Annual report of lunatic asylums [Bombay] - 1912-1922
Year: 1912
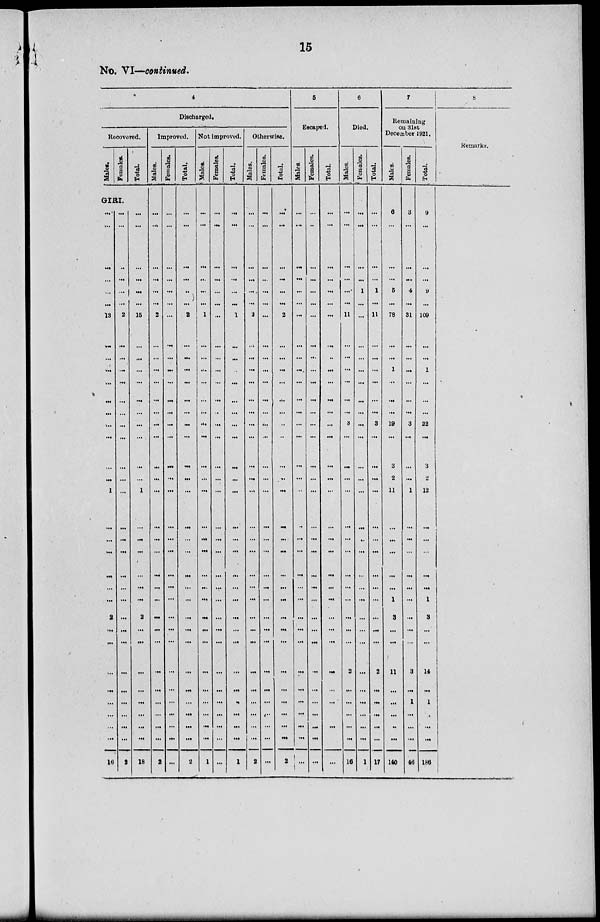
15
No. VI—continued.
4
Discharged.
Recovered.
Males.
Females.
GIRI.
...
...
...
...
...
...
13
...
...
...
...
...
...
...
...
...
...
1
...
...
...
...
...
...
2
...
...
...
...
...
...
...
...
16
...
...
...
...
...
...
2
...
...
...
...
...
...
...
...
...
...
...
...
...
...
...
...
...
...
...
...
...
...
...
...
...
...
8
Total.
...
...
...
...
...
...
15
...
...
...
...
...
...
...
...
...
...
1
...
...
...
...
...
...
2
...
...
...
...
...
...
...
...
18
Improved.
Males.
...
...
...
...
...
...
2
...
...
...
...
...
...
...
...
...
...
...
...
...
...
...
...
...
...
...
...
...
...
...
...
...
...
2
Females.
...
...
...
...
...
...
...
...
...
...
...
...
...
...
...
...
...
...
...
...
...
...
...
...
...
...
...
...
...
...
...
...
...
...
Total.
...
...
...
...
...
...
2
...
...
...
...
...
...
...
...
...
...
...
...
...
...
...
...
...
...
...
...
...
...
...
...
...
...
2
Not improved.
Males.
...
...
...
...
...
...
1
...
...
...
...
...
...
...
...
...
...
...
...
...
...
...
...
...
...
...
...
...
...
...
...
...
...
1
Females.
...
...
...
...
...
...
...
...
...
...
...
...
...
...
...
...
...
...
...
...
...
...
...
...
...
...
...
...
...
...
...
...
...
...
Total.
...
...
...
...
...
...
1
...
...
...
...
...
...
...
...
...
...
...
...
...
...
...
...
...
...
...
...
...
...
...
...
...
...
1
Otherwise.
Males.
...
...
...
...
...
...
2
...
...
...
...
...
...
...
...
...
...
...
...
...
...
...
...
...
...
...
...
...
...
...
...
...
...
2
Females.
...
...
...
...
...
...
...
...
...
...
...
...
...
...
...
...
...
...
...
...
...
...
...
...
...
...
...
...
...
...
...
...
...
...
Total.
...
...
...
...
...
...
2
...
...
...
...
...
...
...
...
...
...
...
...
....
...
...
...
...
...
...
...
...
...
...
...
...
...
2
5
Escaped.
Males.
...
...
...
...
...
...
...
...
...
...
...
...
...
...
...
...
...
...
...
...
...
...
...
...
...
...
...
...
...
...
...
...
...
...
Females.
...
...
...
...
...
...
...
...
...
...
...
...
...
...
...
...
...
...
...
...
...
...
...
...
...
...
...
...
...
...
...
...
...
...
Total.
...
...
...
...
...
...
...
...
...
...
...
...
...
...
...
...
...
...
...
...
...
...
...
...
...
...
...
...
...
...
...
...
...
6
Died.
Males.
...
...
...
...
...
...
11
...
...
...
...
...
...
3
...
...
...
...
...
...
...
...
...
...
...
...
...
2
...
...
...
...
...
16
Females.
...
...
...
...
1
...
...
...
...
...
...
...
...
...
...
...
...
...
...
...
...
...
...
...
...
...
...
...
...
...
...
...
...
1
Total.
...
...
...
...
1
...
11
...
...
...
...
...
...
3
...
...
...
...
...
...
...
...
...
...
...
...
...
2
...
...
...
...
...
17
7
Remaining
on 31st
December 1921.
Males.
6
...
...
...
5
...
78
...
...
1
...
...
...
19
...
3
2
11
...
...
...
...
...
1
3
...
...
11
...
...
...
...
...
140
Females.
3
...
...
...
4
...
31
...
...
...
...
...
...
3
...
...
...
1
...
...
...
...
...
...
...
...
...
3
...
1
...
...
...
46
Total.
9
...
...
...
9
...
109
...
...
1
...
...
...
22
...
3
2
12
...
...
...
...
...
1
3
...
...
14
...
1
...
...
...
186
8
Remarks.